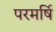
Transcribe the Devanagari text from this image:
परमर्षि